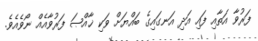
ފަރުވާ އަތާއި ފައި އަދި އަނގައިގެ ބައްޔަށް ވަކި ޚާއްޞަ ފަރުވާއެއް ނޯވެއެވެ.